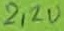
Text: 2,2u